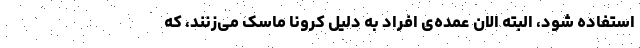
استفاده شود، البته الان عمده‌ی افراد به دلیل کرونا ماسک می‌زنند، که